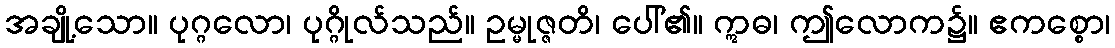
အချို့သော။ ပုဂ္ဂလော၊ ပုဂ္ဂိုလ်သည်။ ဥမ္မုဇ္ဇတိ၊ ပေါ်၏။ ဣဓ၊ ဤလောက၌။ ဧကစ္စော၊